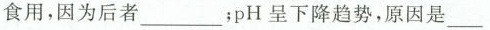
食用，因为后者___；pH呈下降趋势，原因是___